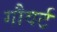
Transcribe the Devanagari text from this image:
गौवर्ट